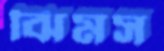
ঝিমস